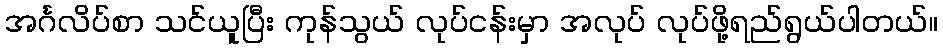
အင်္ဂလိပ်စာ သင်ယူပြီး ကုန်သွယ် လုပ်ငန်းမှာ အလုပ် လုပ်ဖို့ရည်ရွယ်ပါတယ်။